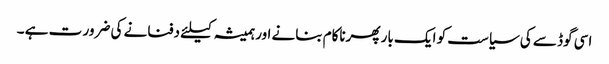
اسی گوڈ سے کی سیاست کو ایک بار پھرناکام بنانے اور ہمیشہ کیلئے دفنانے کی ضرور ت ہے ۔